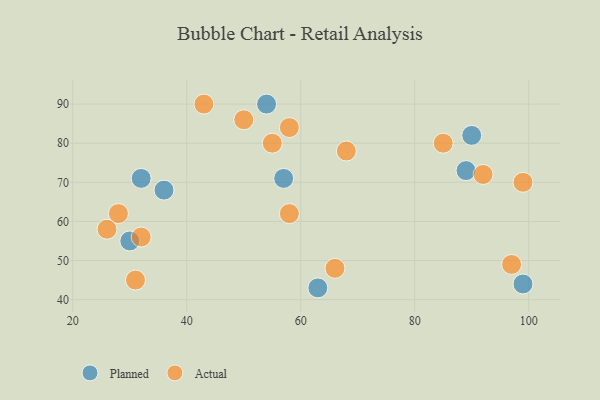
{"axis": {"x": "GDP", "y": "Life Expectancy"}, "legend": ["Actual", "Planned"], "data": [{"x": "99", "y": 44, "type": "Planned"}, {"x": "57", "y": 71, "type": "Planned"}, {"x": "30", "y": 55, "type": "Planned"}, {"x": "36", "y": 68, "type": "Planned"}, {"x": "54", "y": 90, "type": "Planned"}, {"x": "89", "y": 73, "type": "Planned"}, {"x": "90", "y": 82, "type": "Planned"}, {"x": "32", "y": 71, "type": "Planned"}, {"x": "63", "y": 43, "type": "Planned"}, {"x": "43", "y": 90, "type": "Actual"}, {"x": "85", "y": 80, "type": "Actual"}, {"x": "68", "y": 78, "type": "Actual"}, {"x": "58", "y": 84, "type": "Actual"}, {"x": "28", "y": 62, "type": "Actual"}, {"x": "32", "y": 56, "type": "Actual"}, {"x": "58", "y": 62, "type": "Actual"}, {"x": "66", "y": 48, "type": "Actual"}, {"x": "55", "y": 80, "type": "Actual"}, {"x": "31", "y": 45, "type": "Actual"}, {"x": "99", "y": 70, "type": "Actual"}, {"x": "26", "y": 58, "type": "Actual"}, {"x": "92", "y": 72, "type": "Actual"}, {"x": "50", "y": 86, "type": "Actual"}, {"x": "97", "y": 49, "type": "Actual"}]}